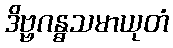
ဒိဗ္ဗဂန္ဓသမာယုတံ